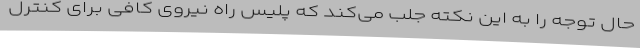
حال توجه را به این نکته جلب می‌کند که پلیس راه نیروی کافی برای کنترل